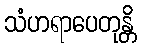
သံဟရာပေတုန္တိ